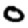
Digit: 0